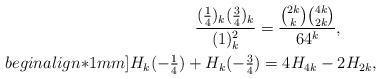
LaTeX: \begin{align*}&\qquad\qquad\frac{(\frac{1}{4})_k(\frac{3}{4})_k}{(1)_{k}^2}=\frac{\binom{2k}{k}\binom{4k}{2k}}{64^k},\\begin{align*}1mm]&H_k(-\tfrac{1}{4})+H_k(-\tfrac{3}{4})=4H_{4k}-2H_{2k},\end{align*}